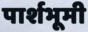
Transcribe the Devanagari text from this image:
पार्शभूमी